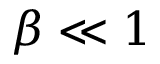
\beta \ll 1